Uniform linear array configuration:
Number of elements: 16
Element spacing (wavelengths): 0.75
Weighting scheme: kaiser
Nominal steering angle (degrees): -15
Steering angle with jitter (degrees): -16.1
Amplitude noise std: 0.05
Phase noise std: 0.05

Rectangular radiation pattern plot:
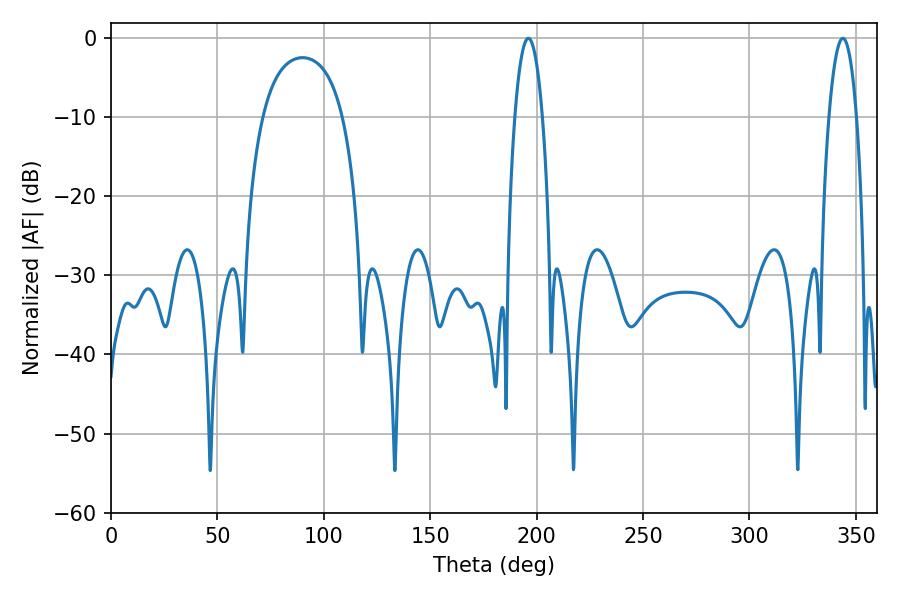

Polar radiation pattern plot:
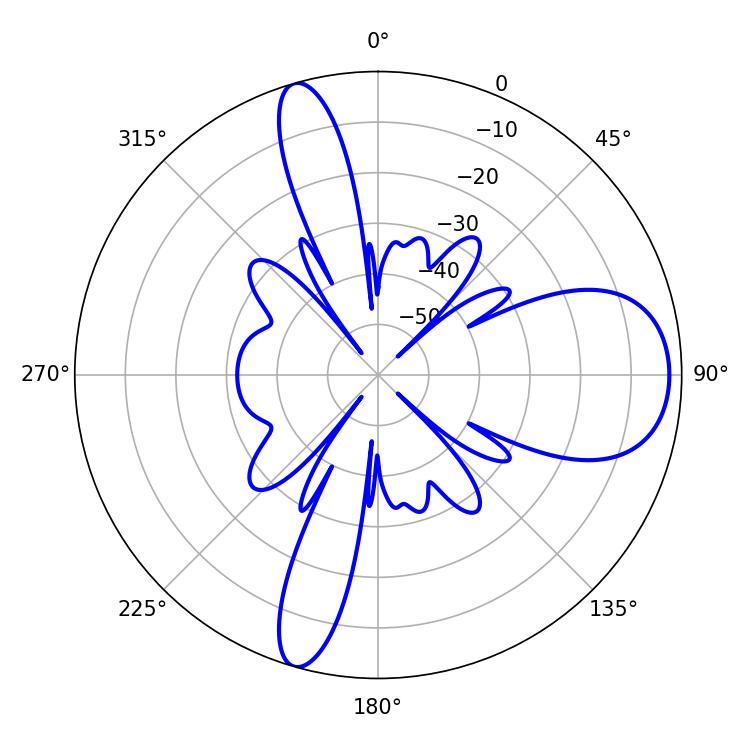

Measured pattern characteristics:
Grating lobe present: TRUE
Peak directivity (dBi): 10.407
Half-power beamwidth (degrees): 7.2
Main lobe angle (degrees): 196.02